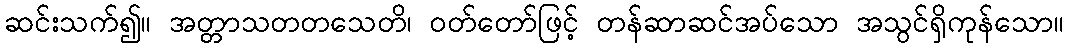
ဆင်းသက်၍။ အတ္တာသတတသေတိ၊ ဝတ်တော်ဖြင့် တန်ဆာဆင်အပ်သော အသွင်ရှိကုန်သော။